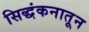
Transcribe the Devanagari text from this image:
सिद्धंकनातून